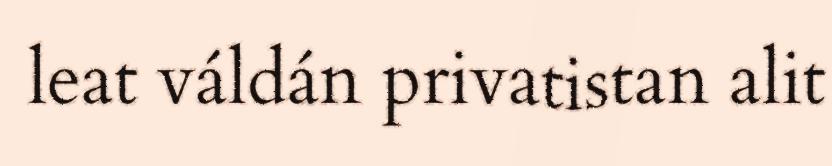
leat váldán privatistan alit